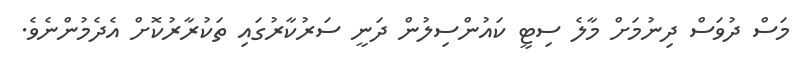
މަސް ދުވަސް ދިނުމަށް މާލެ ސިޓީ ކައުންސިލުން ދަނީ ސަރުކާރުގައި ތަކުރާރުކޮށް އެދެމުންނެވެ.